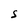
Character: S